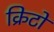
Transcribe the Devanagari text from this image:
क्रिटो